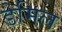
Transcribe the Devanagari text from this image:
डेमिल